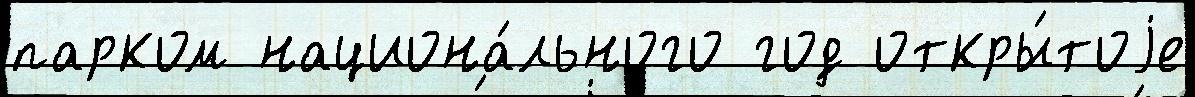
парком национа́льного год откры́тоjе